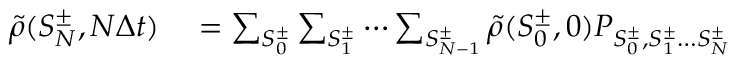
\begin{array} { r l } { \tilde { \rho } ( S _ { N } ^ { \pm } , N \Delta t ) } & { { } = \sum _ { S _ { 0 } ^ { \pm } } \sum _ { S _ { 1 } ^ { \pm } } \cdots \sum _ { S _ { N - 1 } ^ { \pm } } \tilde { \rho } ( S _ { 0 } ^ { \pm } , 0 ) P _ { S _ { 0 } ^ { \pm } , S _ { 1 } ^ { \pm } \ldots S _ { N } ^ { \pm } } } \end{array}